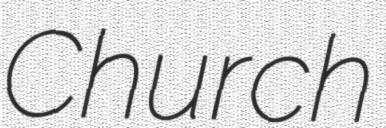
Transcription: Church